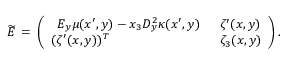
\begin{array} { r } { \widetilde { E } \, = \, \left( \begin{array} { l l } { \begin{array} { l } { E _ { y } \mu ( x ^ { \prime } , y ) - x _ { 3 } D _ { y } ^ { 2 } \kappa ( x ^ { \prime } , y ) } \end{array} } & { \zeta ^ { \prime } ( x , y ) } \\ { ( \zeta ^ { \prime } ( x , y ) ) ^ { T } } & { \zeta _ { 3 } ( x , y ) } \end{array} \right) . } \end{array}